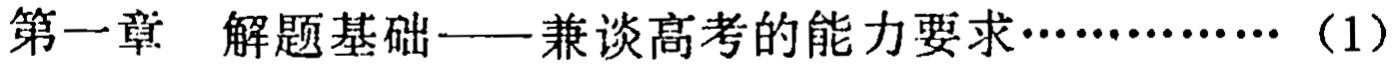
第一章 解题基础——兼谈高考的能力要求……………（1）